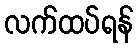
လက်ထပ်ရန်